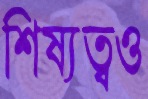
শিষ্যত্বও